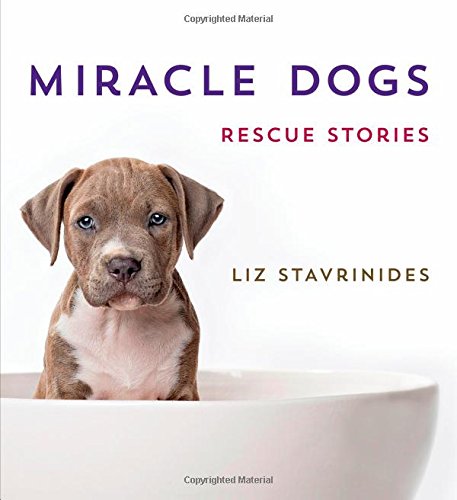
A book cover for Miracle Dogs: Rescue Stories; Liz Stavrinides; Crafts, Hobbies & Home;